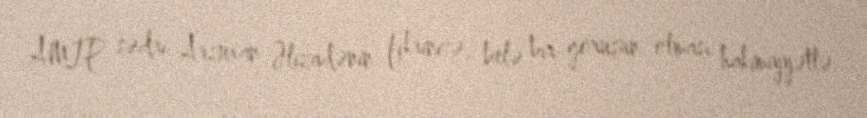
AMİP sədri Arzuxan Əlizadənin fikrincə, belə bir görüşün olması hakimiyyətlə